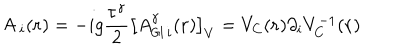
LaTeX: { \sf A } \, _ { i } ( { \bf { r } } ) = - i g \frac { { \tau } ^ { \gamma } } { 2 } \left[ A _ { { \sf G I } \, i } ^ { \gamma } ( { \bf { r } } ) \right] _ { V } = V _ { C } ( { \bf { r } } ) { \partial } _ { i } V _ { C } ^ { - 1 } ( { \bf { r } } )